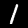
Label: 1